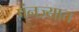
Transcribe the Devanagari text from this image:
पंनज्यात